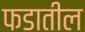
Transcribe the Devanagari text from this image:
फडातील